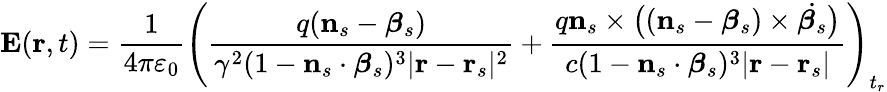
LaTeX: \mathbf{E}(\mathbf{r},t)={\frac{1}{4\pi\varepsilon_{0}}}\left({\frac{q(\mathbf{n}_{s}-{\boldsymbol{\beta}}_{s})}{\gamma^{2}(1-\mathbf{n}_{s}\cdot{\boldsymbol{\beta}}_{s})^{3}|\mathbf{r}-\mathbf{r}_{s}|^{2}}}+{\frac{q\mathbf{n}_{s}\times{\big(}(\mathbf{n}_{s}-{\boldsymbol{\beta}}_{s})\times{\dot{{\boldsymbol{\beta}}_{s}}}{\big)}}{c(1-\mathbf{n}_{s}\cdot{\boldsymbol{\beta}}_{s})^{3}|\mathbf{r}-\mathbf{r}_{s}|}}\right)_{t_{r}}